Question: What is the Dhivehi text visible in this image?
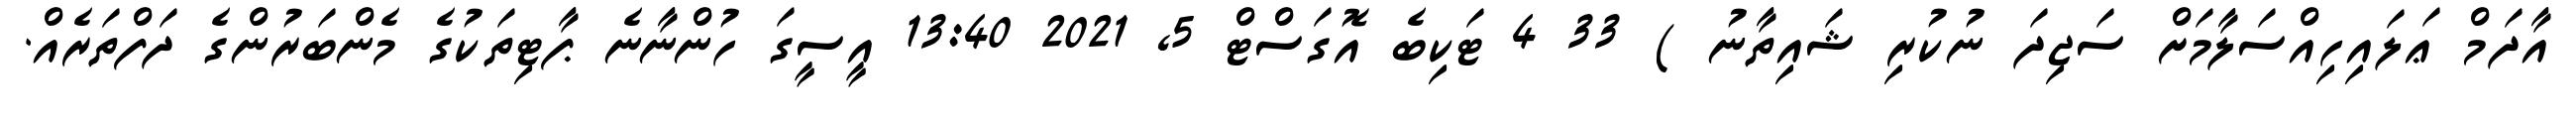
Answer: އާދަމް ޢަލައިހިއްސަލާމަށް ސަޖިދަ ނުކުރި ޝައިތާނު ) 33 4 ޓަކިބެ އޮގަސްޓް 5, 2021 13:40 އީސީގަ ހުންނާނެ ޕާޓިތަކުގެ މެންބަރުންގެ ދަފްތަރެއް.